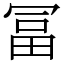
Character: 冨